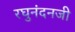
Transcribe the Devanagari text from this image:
रघुनंदनजी